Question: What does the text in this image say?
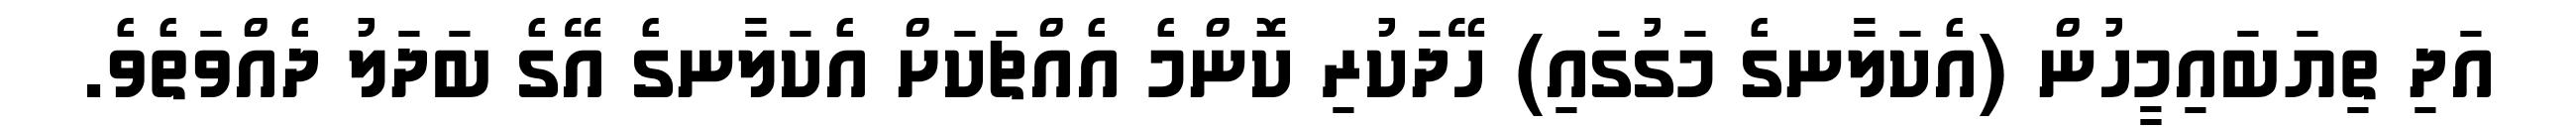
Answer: އަދި ތިޔަބައިމީހުން (އެކަލާނގެ މަގުގައި) ހޭދަކުރި ކޮންމެ އެއްޗަކަށް އެކަލާނގެ އޭގެ ބަދަލު ދެއްވަތެވެ.